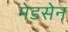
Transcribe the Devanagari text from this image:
मेडसेन